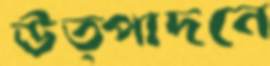
উত্পাদনে